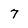
Character: 7